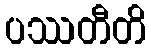
ပဿတီတိ